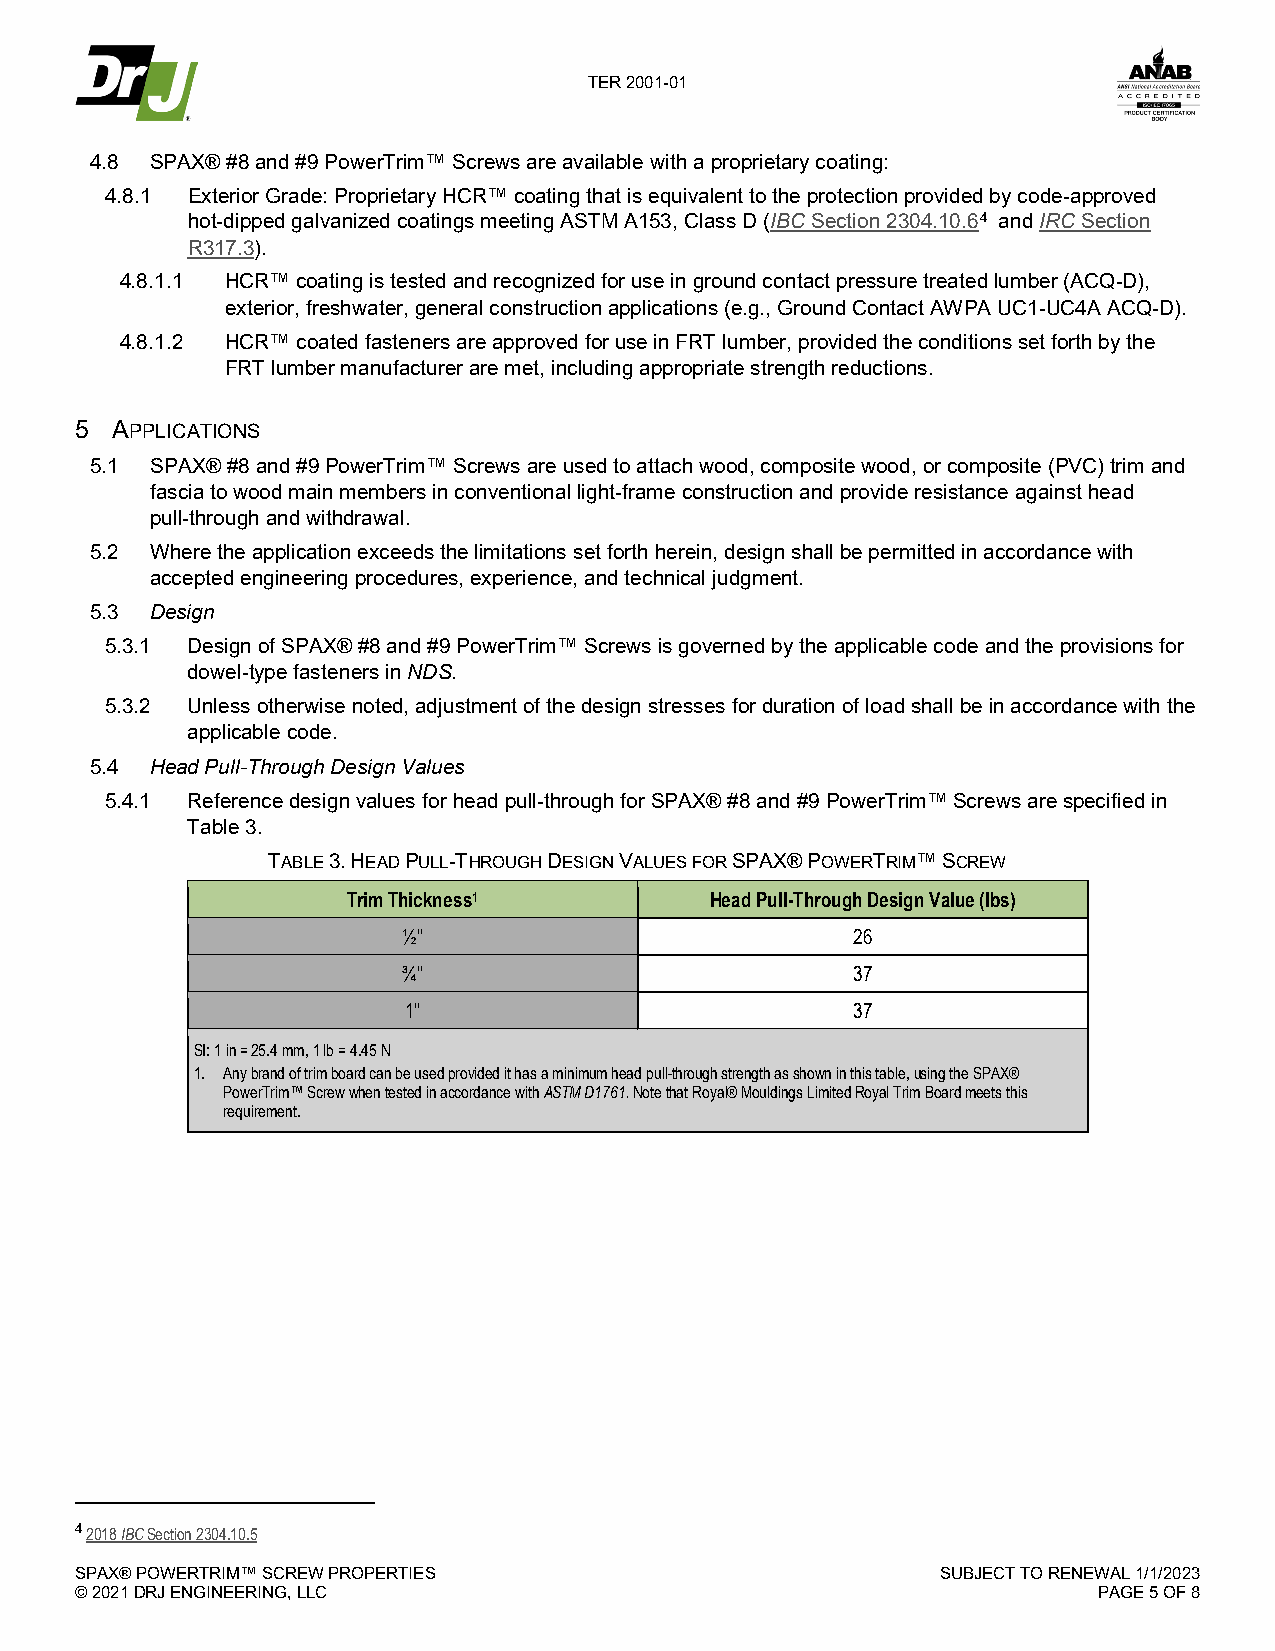
TER 2001-01
 4.8 SPAX® #8 and #9 PowerTrim™ Screws are available with a proprietary coating:
 4.8.1 Exterior Grade: Proprietary HCR™ coating that is equivalent to the protection provided by code-approved
 hot-dipped galvanized coatings meeting ASTM A153, Class D (IBC Section 2304.10.64 and IRC Section
 R317.3).
 4.8.1.1 HCR™ coating is tested and recognized for use in ground contact pressure treated lumber (ACQ-D),
 exterior, freshwater, general construction applications (e.g., Ground Contact AWPA UC1-UC4A ACQ-D).
 4.8.1.2 HCR™ coated fasteners are approved for use in FRT lumber, provided the conditions set forth by the
 FRT lumber manufacturer are met, including appropriate strength reductions.
 5 APPLICATIONS
 5.1 SPAX® #8 and #9 PowerTrim™ Screws are used to attach wood, composite wood, or composite (PVC) trim and
 fascia to wood main members in conventional light-frame construction and provide resistance against head
 pull-through and withdrawal.
 5.2 Where the application exceeds the limitations set forth herein, design shall be permitted in accordance with
 accepted engineering procedures, experience, and technical judgment.
 5.3 Design
 5.3.1 Design of SPAX® #8 and #9 PowerTrim™ Screws is governed by the applicable code and the provisions for
 dowel-type fasteners in NDS.
 5.3.2 Unless otherwise noted, adjustment of the design stresses for duration of load shall be in accordance with the
 applicable code.
 5.4 Head Pull-Through Design Values
 5.4.1 Reference design values for head pull-through for SPAX® #8 and #9 PowerTrim™ Screws are specified in
 Table 3.
 TABLE 3. HEAD PULL-THROUGH DESIGN VALUES FOR SPAX® POWERTRIM™ SCREW
 Trim Thickness1         Head Pull-Through Design Value (lbs)
 ½"                           26
 ¾"                           37
 1"                           37
 SI: 1 in = 25.4 mm, 1 lb = 4.45 N
 1. Any brand of trim board can be used provided it has a minimum head pull-through strength as shown in this table, using the SPAX®
 PowerTrim™ Screw when tested in accordance with ASTM D1761. Note that Royal® Mouldings Limited Royal Trim Board meets this
 requirement.
 4 2018 IBC Section 2304.10.5
 SPAX® POWERTRIM™ SCREW PROPERTIES                        SUBJECT TO RENEWAL 1/1/2023
 © 2021 DRJ ENGINEERING, LLC                                         PAGE 5 OF 8